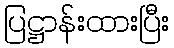
ပြဋ္ဌာန်းထားပြီး